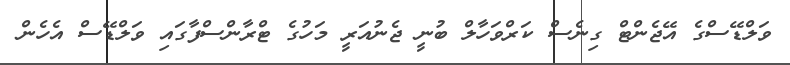
ވަލްޑޭސްގެ އޭޖެންޓް ގިނެސް ކަރްވަހާލް ބުނީ ޖެނުއަރީ މަހުގެ ޓްރާންސްފާގައި ވަލްޑޭސް އެހެން